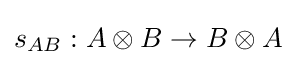
s_{AB}:A\otimes B\to B\otimes A